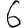
Digit: 6